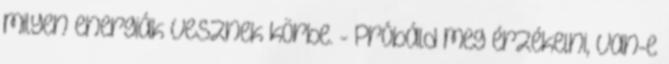
milyen energiák vesznek körbe. - Próbáld meg érzékelni, van-e